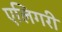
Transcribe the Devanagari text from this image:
एलिगरी